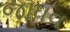
જાધવ